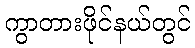
ကွာတားဖိုင်နယ်တွင်